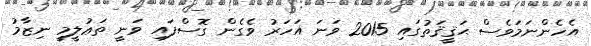
އެހެންނަމަވެސް ޙަޤީޤަތުގައި 2015 ވަނަ އަހަރު ވެގެން ގޮސްފައި ވަނީ ތަޢުލީމީ ނިޒާމު